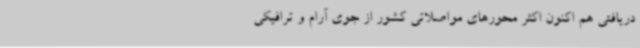
دریافتی هم اکنون اکثر محورهای مواصلاتی کشور از جوی آرام و ترافیکی